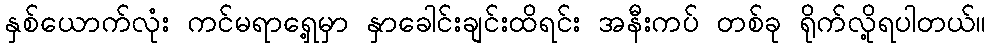
နှစ်ယောက်လုံး ကင်မရာရှေ့မှာ နှာခေါင်းချင်းထိရင်း အနီးကပ် တစ်ခု ရိုက်လို့ရပါတယ်။